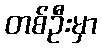
တစ်ဦးမှာ